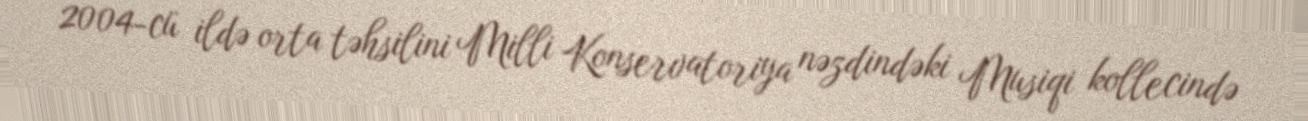
2004-cü ildə orta təhsilini Milli Konservatoriya nəzdindəki Musiqi kollecində